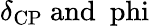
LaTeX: \delta_{\mathrm{CP}}~\mathrm{and~\ phi}